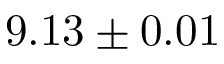
9 . 1 3 \pm 0 . 0 1